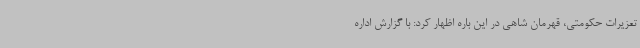
تعزیرات حکومتی، قهرمان شاهی در این باره اظهار کرد: با گزارش اداره